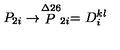
P _ { 2 i } \rightarrow \stackrel { \symbol { 1 2 6 } } { P } _ { 2 i } = D _ { i } ^ { k l }